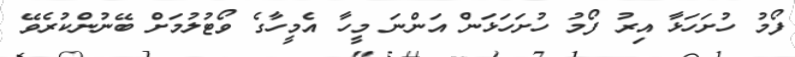
ފޯމު ހުށަހަޅާ އިރު ފޯމު ހުށަހަޅަން އަންނަ މީހާ އެމީހާގެ ވޯޓުލުމަށް ބޭނުންކުރެވޭ